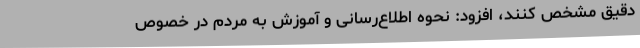
دقیق مشخص‌ کنند، افزود: نحوه اطلاع‌رسانی و آموزش به مردم در خصوص